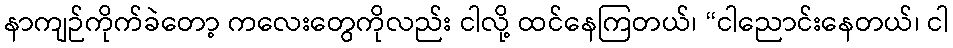
နာကျဉ်ကိုက်ခဲတော့ ကလေးတွေကိုလည်း ငါလို့ ထင်နေကြတယ်၊ “ငါညောင်းနေတယ်၊ ငါ